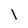
Character: l